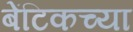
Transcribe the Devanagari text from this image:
बेंटिकच्या